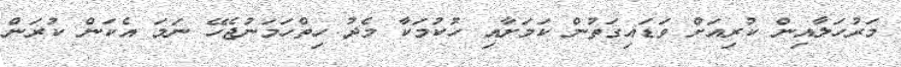
މަރުހަލާއިން ކުރިއަށް ވަޑައިގަތުން ކަމަށާއި ހުކުމަކާ މެދު ހިތްހަމަނުޖެހޭ ނަމަ އެކަން ކުރަން